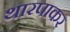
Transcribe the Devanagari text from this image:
थारपाकर